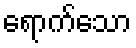
ရောက်သော